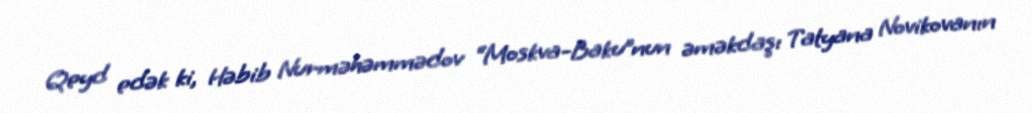
Qeyd edək ki, Həbib Nurməhəmmədov “Moskva-Baku”nun əməkdaşı Tatyana Novikovanın